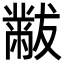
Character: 黻